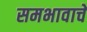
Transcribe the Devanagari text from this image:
समभावाचे